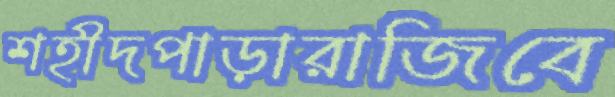
শহীদপাড়ারাজিবে